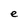
Character: e